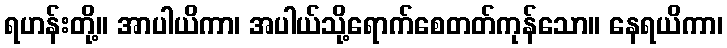
ရဟန်းတို့။ အာပါယိကာ၊ အပါယ်သို့ရောက်စေတတ်ကုန်သော။ နေရယိကာ၊